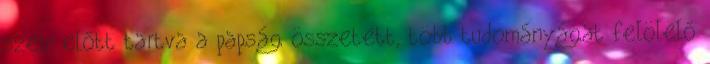
szem előtt tartva a papság összetett, több tudományágat felölelő